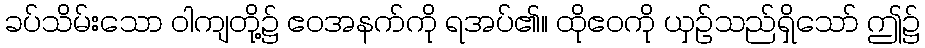
ခပ်သိမ်းသော ဝါကျတို့၌ ဧဝအနက်ကို ရအပ်၏။ ထိုဧဝကို ယှဉ်သည်ရှိသော် ဤ၌